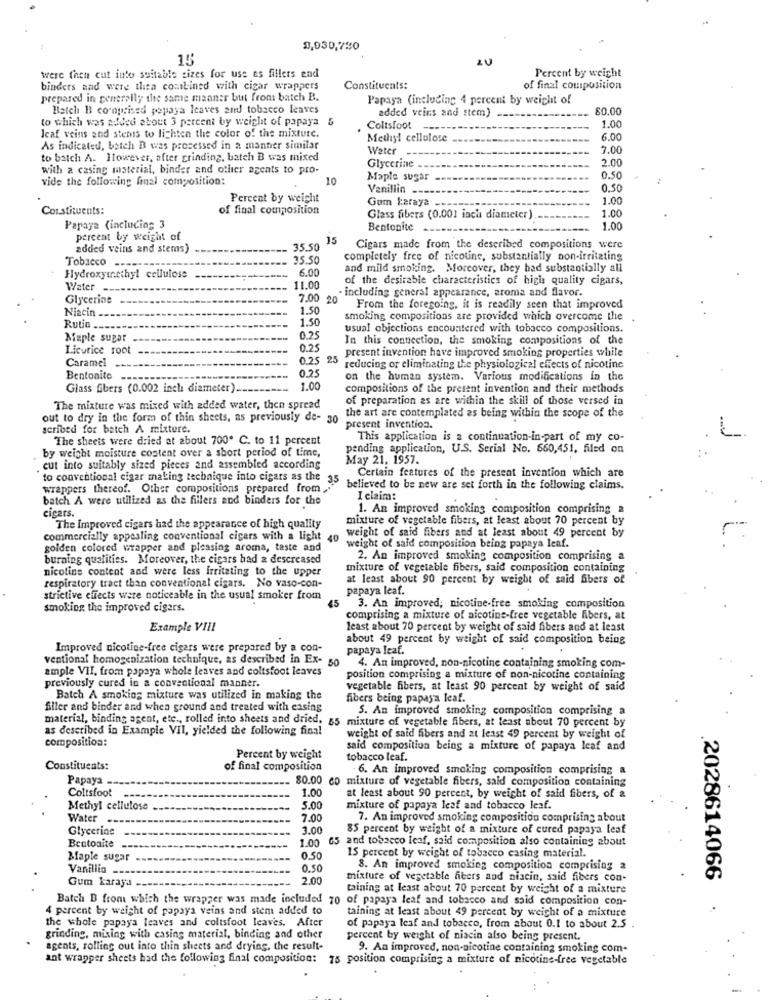
0,030,730
15
were then cut into suitable sizes for use es fillers end
Percent by weight
binders and were thea combined with cigar wrappers
Constituents:
of final composition
prepared in generally the same manner but from batch B.
Papaya (including 4 percent by weight of
Batch B coroprised popaya leaves and tobacco leaves
added veins and stem)
80.00
to which was aufved about 3 percent by weight of papaya
Jeaf veins and stems to lighten the color of the mixture.
Coltsfoot
1.00
Methyl cellulose
6.00
As indicated, batch B was processed in a manner similar
Water
7.00
to batch A. However, after grinding, batch B was mixed
2.00
with a casing material, binder and other agents to pro-
Glycerine
vide the following final composition:
10
Maple sugar
0.50
Vanillin_
0.50
Percent by weight
Gum karaya
1.00
Constituents:
of final composition
1.00
Glass fibers (0.001 inch diameter)
Papaya (including 3
Bentonite
1.00
percent by weight of
15
added veins and stems)
35.50
Cigars made from the described compositions were
Tobacco -----
25.50
completely free of nicotine, substantially non-irritating
6.00
and mild smoking. Moreover, they had substantially all
Hydroxymethyl cellulose
of the desirable characteristics of high quality cigars,
Water
11.00
· including general appearance, aroma and flavor.
Glycerine
7.00 20
Niacin
1.50
From the foregoing, it is readily seen that improved
1.50
smoking compositions are provided which overcome the
Rutin __
usual objections encountered with tobacco compositions.
Maple sugar
0.25
In this connection, the smoking compositions of the
Licorice root
0.25
present invention have improved smoking properties while
Caramel
0.25 25
25
0.25
reducing or eliminating the physiological effects of nicotine
Bentonite
on the human system. Various modifications in the
Glass fibers (0.002 inch diameter) ...
1.00
compositions of the present invention and their methods
of preparation as are within the skill of those versed in
The mixture was mixed with added water, then spread
out to dry in the form of thin sheets, as previously de- 30
the art are contemplated as being within the scope of the
scribed for batch A mixture.
present invention.
The sheets were dried at about 700. C. to 11 percent
This application is a continuation-in-part of my co-
by weight moisture content over a short period of time,
pending application, U.S. Serial No. 660,451, filed on
May 21, 1957.
. cut into suitably sized pieces and assembled according
Certain features of the present invention which are
to conventional cigar making technique into cigars as the 35
wrappers thereof. Other compositions prepared from
believed to be new are set forth in the following claims.
batch A were utilized as the fillers and binders for the
I claim:
cigars.
1. An improved smoking composition comprising a
mixture of vegetable fibers, at least about 70 percent by
The Improved cigars had the appearance of high quality
weight of said fibers and at least about 49 percent by
commercially appealing conventional cigars with a light 40
golden colored wrapper and pleasing aroma, taste and
weight of said composition being papaya leaf.
burning qualities. Moreover, the cigars bad a descreased
2. An improved smoking composition comprising a
nicotine content and were less Irritating to the upper
mixture of vegetable fibers, said composition containing
at least about 90 percent by weight of said fibers of
respiratory tract than conventional cigars. No vaso-con-
papaya leaf.
strictive effects were noticeable in the usual smoker from
45
smoking the improved cigars.
3. An improved; nicotine-free smoking composition
comprising a mixture of nicotine-free vegetable fibers, at
Example VIII
least about 70 percent by weight of said fibers and at least
about 49 percent by weight of said composition being
Improved nicotine-free cigars were prepared by a con-
papaya leaf.
ventional homogenization technique, as described in Ex- 50 4. An improved, non-nicotine containing smoking com-
ample VII, from papaya whole leaves and coltsfoot leaves
previously cured in a conventional manner.
position comprising a mixture of non-nicotine containing
vegetable fibers, at least 90 percent by weight of said
Batch A smoking mixture was utilized in making the
fibers being papaya leaf.
filler and binder and when ground and treated with casing
5. An improved smoking composition comprising a
material, binding agent, etc ., rolled into sheets and dried, 65 mixture of vegetable fibers, at least about 70 percent by
as described in Example VII, yielded the following final
composition:
weight of said fibers and at least 49 percent by weight of
said composition being a mixture of papaya leaf and
Percent by weight
tobacco leaf.
Constituents:
of final composition
6. An improved smoking composition comprising a
Papaya.
80.00 co mixture of vegetable fibers, said composition containing
Coltsfoot
1.00
at least about 90 percent, by weight of said fibers, of &
Methyl cellulose
5.00
mixture of papaya leaf and tobacco leaf.
Water
7.00
7. An improved smoking composition comprising about
Glycerine
3.00
85 percent by weight of a mixture of cured papaya leaf
1.00
65 and tobacco leaf, said composition also containing about
Bentoakte --
Blaple sugar
0.50
15 percent by weight of tobacco casing material.
Vanillin _.
0.50
8. An improved smoking composition comprising a
2.00
mixture of vegetable fibers and niacin, said fibers con-
.2028614066
Gum karaya
taining at least about 70 percent by weight of a mixture
Batch B from which the wrapper was made included 70 of papaya leaf and tobacco and said composition con-
4 percent by weight of papaya veins and stem added to
taining at least about 49 percent by weight of a mixture
the whole papaya leaves and coltsfoot leaves. After
of papaya leaf and tobacco, from about 0.1 to about 2.5.
grinding, mixing with casing material, binding and other
percent by weight of niacin also being present.
agents, rolling out into thin sheets and drying, the result-
9. An improved, non-nicotine containing smoking com-
ant wrapper sheets had the following final composition: 75 position comprising a mixture of nicotine-free vegetable
-